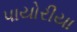
પાયોરીયા